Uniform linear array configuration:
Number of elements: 16
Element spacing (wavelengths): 1
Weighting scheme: exponential
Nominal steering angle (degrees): -30
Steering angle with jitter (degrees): -29.168
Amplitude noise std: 0.05
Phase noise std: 0.05

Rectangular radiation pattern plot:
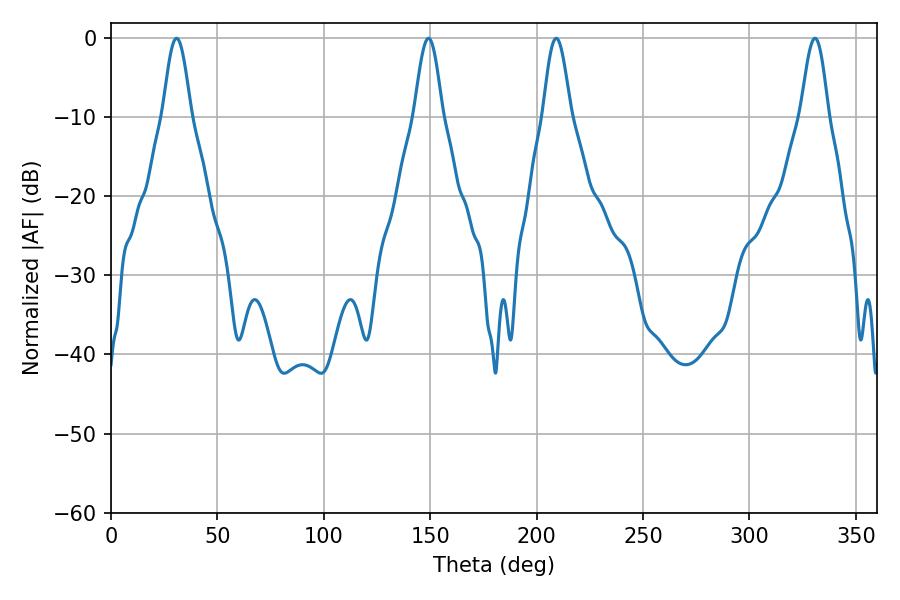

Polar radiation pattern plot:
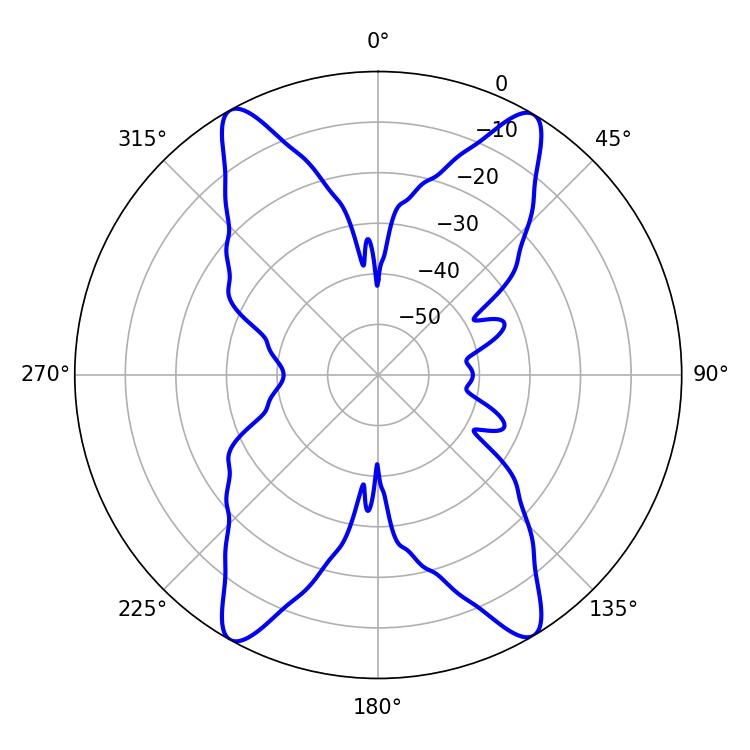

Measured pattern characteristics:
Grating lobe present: TRUE
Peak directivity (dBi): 25.068
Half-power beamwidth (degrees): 7.02
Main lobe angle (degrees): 30.78